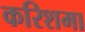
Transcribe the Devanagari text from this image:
करिशमा